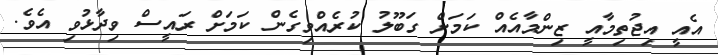
އެއީ އިޖުތިމާއީ ޒިންމާއެއް ކަމަށް ގަބޫލު ކުރެއްވިގެން ކަމަށް ރައީސް ވިދާޅުވި އެވެ.